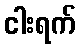
ငါးရက်